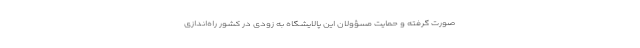
صورت گرفته و حمایت مسؤولان این پالایشگاه به زودی در کشور راه‌اندازی